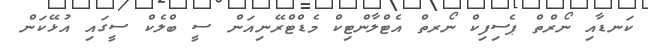
ކަނޑާއި ނޯރްތް ޕެސިފިކް ނޯރތް އެޓްލާންޓިކް މެޑްޓްރޭނިއަން ސީ ބްލެކް ސީގައި އުޅޭކަން